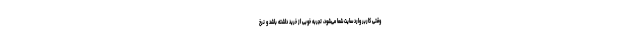
وقتی کاربر وارد سایت شما می‌شود، تجربه خوبی از خرید داشته باشد و نرخ